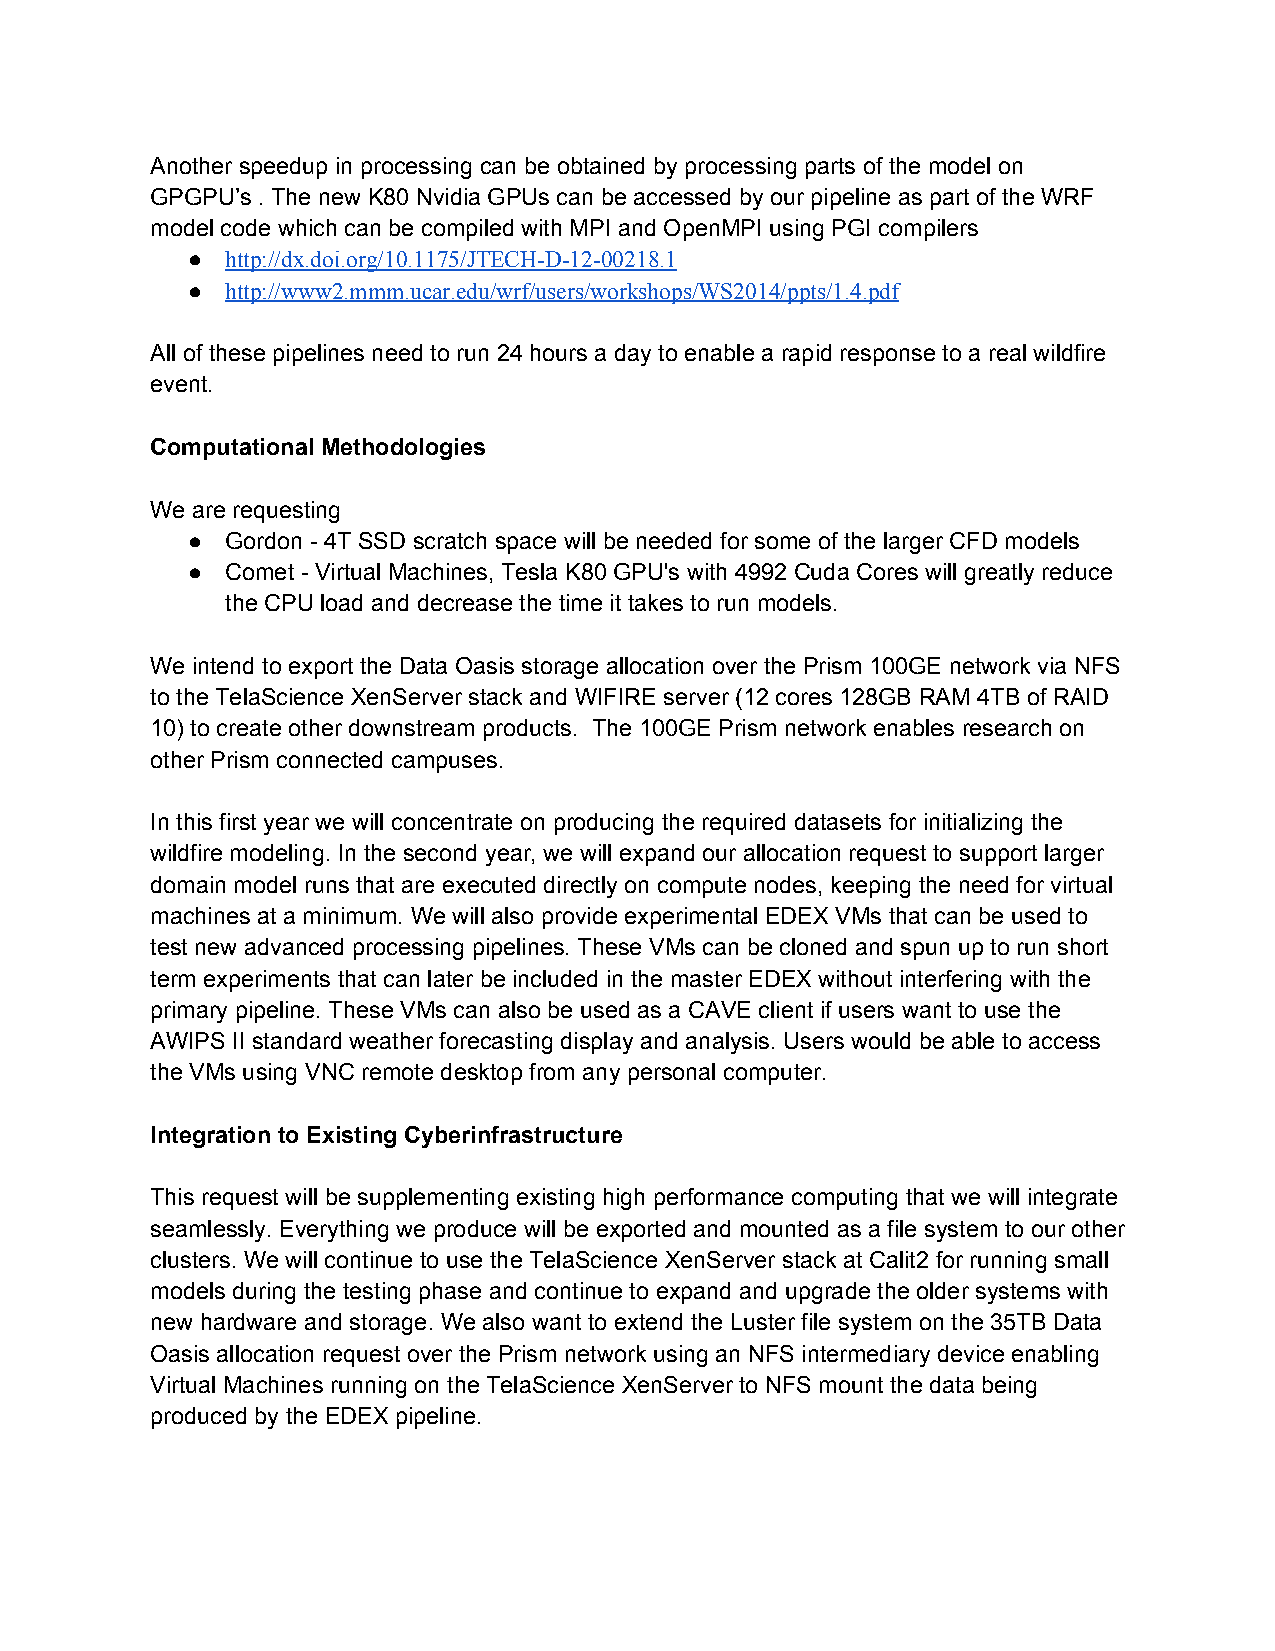
Another speedup in processing can be obtained by processing parts of the model on
 GPGPU’s . The new K80 Nvidia GPUs can be accessed by our pipeline as part of the WRF
 model code which can be compiled with MPI and OpenMPI using PGI compilers
 ●  http://dx.doi.org/10.1175/JTECH­D­12­00218.1
 ●  http://www2.mmm.ucar.edu/wrf/users/workshops/WS2014/ppts/1.4.pdf
 All of these pipelines need to run 24 hours a day to enable a rapid response to a real wildfire
 event.
 Computational Methodologies
 We are requesting
 ●  Gordon ­ 4T SSD scratch space will be needed for some of the larger CFD models
 ●  Comet ­ Virtual Machines, Tesla K80 GPU's with 4992 Cuda Cores will greatly reduce
 the CPU load and decrease the time it takes to run models.
 We intend to export the Data Oasis storage allocation over the Prism 100GE network via NFS
 to the TelaScience XenServer stack and WIFIRE server (12 cores 128GB RAM 4TB of RAID
 10) to create other downstream products. The 100GE Prism network enables research on
 other Prism connected campuses.
 In this first year we will concentrate on producing the required datasets for initializing the
 wildfire modeling. In the second year, we will expand our allocation request to support larger
 domain model runs that are executed directly on compute nodes, keeping the need for virtual
 machines at a minimum. We will also provide experimental EDEX VMs that can be used to
 test new advanced processing pipelines. These VMs can be cloned and spun up to run short
 term experiments that can later be included in the master EDEX without interfering with the
 primary pipeline. These VMs can also be used as a CAVE client if users want to use the
 AWIPS II standard weather forecasting display and analysis. Users would be able to access
 the VMs using VNC remote desktop from any personal computer.
 Integration to Existing Cyberinfrastructure
 This request will be supplementing existing high performance computing that we will integrate
 seamlessly. Everything we produce will be exported and mounted as a file system to our other
 clusters. We will continue to use the TelaScience XenServer stack at Calit2 for running small
 models during the testing phase and continue to expand and upgrade the older systems with
 new hardware and storage. We also want to extend the Luster file system on the 35TB Data
 Oasis allocation request over the Prism network using an NFS intermediary device enabling
 Virtual Machines running on the TelaScience XenServer to NFS mount the data being
 produced by the EDEX pipeline.